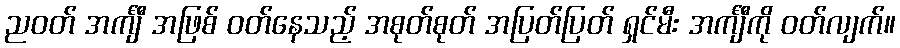
ညဝတ် အင်္ကျီ အဖြစ် ဝတ်နေသည့် အစုတ်စုတ် အပြတ်ပြတ် ရှင်မီး အင်္ကျီကို ဝတ်လျက်။